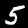
Label: 5